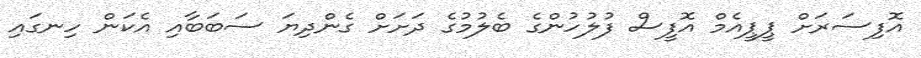
އޮފިސަރަށް ޕީޕީއެމް އޮފީސް ފުލުހުންގެ ބެލުމުގެ ދަށަށް ގެންދިޔަ ސަބަބާއި އެކަން ހިނގައި